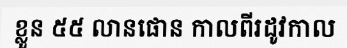
ខ្លួន ៥៥ លានផោន កាលពីរដូវកាល